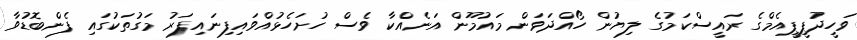
ވަހީދުޕީޕީއެމްގެ ރައީސްކަމުގެ ލިޔުން ހޯއްދަވަން މައުމޫން އަނެއްކާ ވެސް ހުށަހެޅުއްވައިފިނައިފަރު މަގުތަކުގައި ފެންބޮޑުވާ